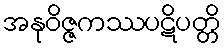
အနုဝိဇ္ဇကဿပဋိပတ္တိ